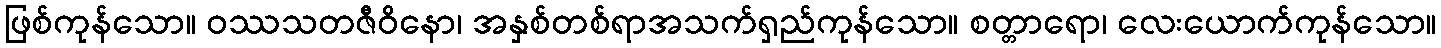
ဖြစ်ကုန်သော။ ဝဿသတဇီဝိနော၊ အနှစ်တစ်ရာအသက်ရှည်ကုန်သော။ စတ္တာရော၊ လေးယောက်ကုန်သော။